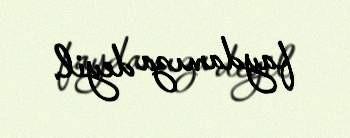
faydamıza deyil.